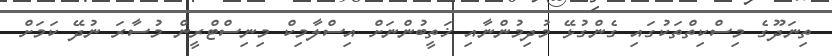
ތިނަދޫގެ މިސްކިތްތަކުގައި ގެންގުޅޭ މުދިމުންނާއި ޚަތީބުންނަށް އިސްލާމިކް މިނިސްޓްރީން މުސާރަ ނުދޭ ކަމަށް